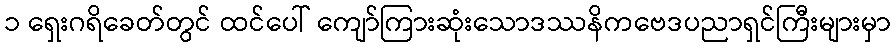
၁ ရှေးဂရိခေတ်တွင် ထင်ပေါ် ကျော်ကြားဆုံးသောဒဿနိကဗေဒပညာရှင်ကြီးများမှာ